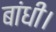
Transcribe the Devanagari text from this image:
बांधी।